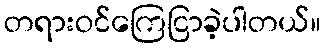
တရားဝင်ကြေငြာခဲ့ပါတယ်။